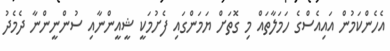
އެހެންކަމުން އައިއެސްގެ ހަމަލާތައް މި ގޮތަށް ޔަމަންގައި ފެށުމަކީ ޝީއީންނާއި ސުންނީންނާ ދެމެދު